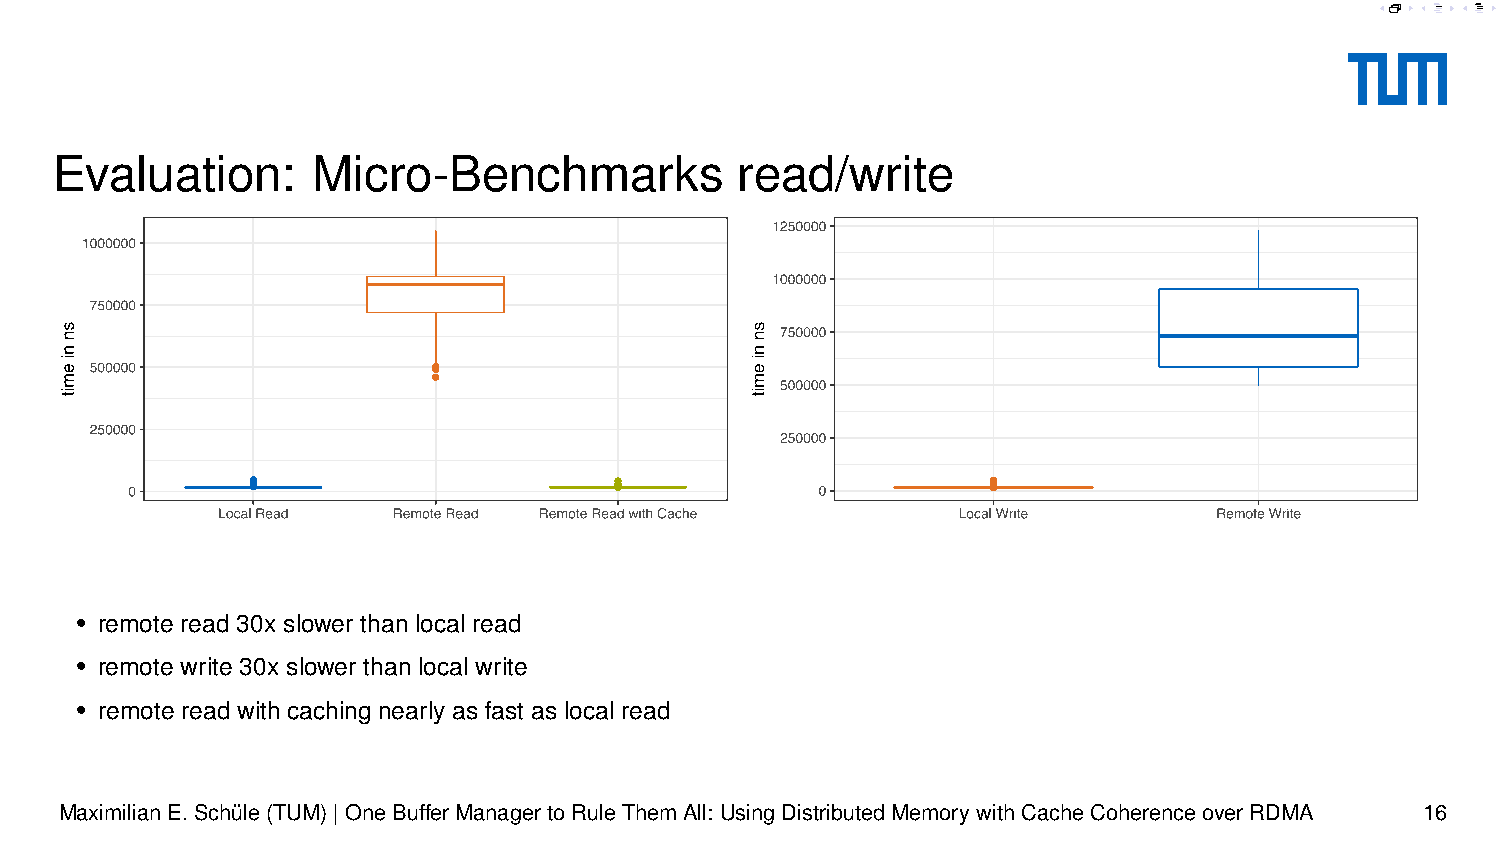
Evaluation:       Micro-Benchmarks            read/write
 • remote read 30x slower than local read
 • remote write 30x slower than local write
 • remote read with caching nearly as fast as local read
 MaximilianE.Schüle(TUM)|OneBufferManagertoRuleThemAll: UsingDistributedMemorywithCacheCoherenceoverRDMA 16